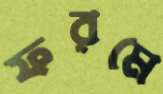
ফরমে